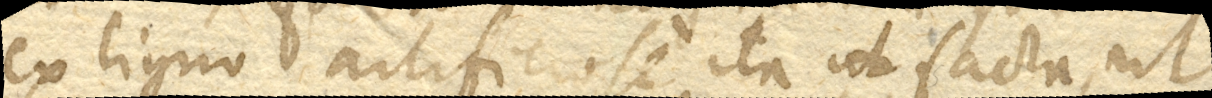
ex ligno artificiose ita facta, ut